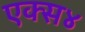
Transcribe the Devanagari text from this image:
एक्स४